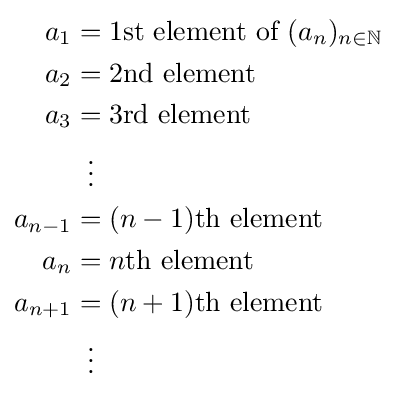
{\begin{aligned}a_{1}&=1{\text{st element of }}(a_{n})_{n\in \mathbb {N} }\\a_{2}&=2{\text{nd element }}\\a_{3}&=3{\text{rd element }}\\&\;\;\vdots \\a_{n-1}&=(n-1){\text{th element}}\\a_{n}&=n{\text{th element}}\\a_{n+1}&=(n+1){\text{th element}}\\&\;\;\vdots \end{aligned}}